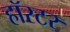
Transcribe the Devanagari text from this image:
हॉरटर